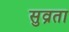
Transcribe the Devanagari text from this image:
सुव्रता